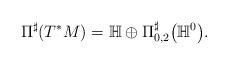
LaTeX: \begin{gather*}\Pi^{\sharp}(T^{\ast}M)=\mathbb{H}\oplus\Pi_{0,2}^{\sharp}\big(\mathbb{H}^{0}\big).\end{gather*}